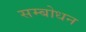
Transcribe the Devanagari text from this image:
सम्‍बोधन